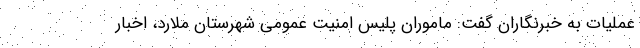
عملیات به خبرنگاران گفت: ماموران پلیس امنیت عمومی شهرستان ملارد، اخبار